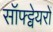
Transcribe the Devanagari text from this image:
सॉफ्ट्वेयरों